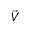
\vec { V }